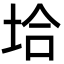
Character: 垥